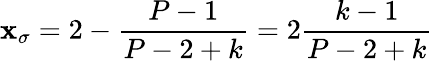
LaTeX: \mathbf{x}_{\sigma}=2-\frac{{P-1}}{{P-2+k}}=2\frac{{k-1}}{{P-2+k}}